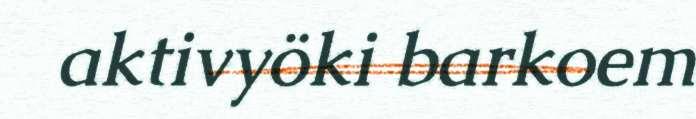
aktivyöki barkoem